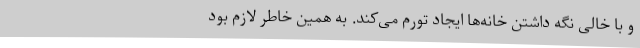
و با خالی نگه داشتن خانه‌ها ایجاد تورم می‌کند. به همین خاطر لازم بود